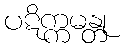
ပဋိက္ကမန္တု